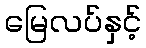
မြေလပ်နှင့်